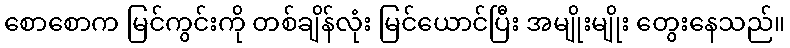
စောစောက မြင်ကွင်းကို တစ်ချိန်လုံး မြင်ယောင်ပြီး အမျိုးမျိုး တွေးနေသည်။